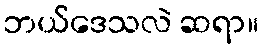
ဘယ်ဒေသလဲ ဆရာ။